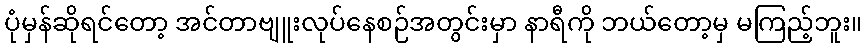
ပုံမှန်ဆိုရင်တော့ အင်တာဗျူးလုပ်နေစဉ်အတွင်းမှာ နာရီကို ဘယ်တော့မှ မကြည့်ဘူး။